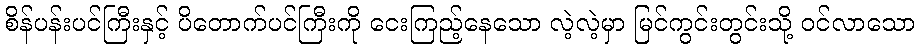
စိန်ပန်းပင်ကြီးနှင့် ပိတောက်ပင်ကြီးကို ငေးကြည့်နေသော လဲ့လဲ့မှာ မြင်ကွင်းတွင်းသို့ ဝင်လာသော